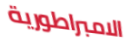
الامبراطورية